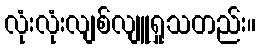
လုံးလုံးလျစ်လျူရှုသတည်း။